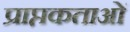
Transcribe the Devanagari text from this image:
प्राप्तकताओं